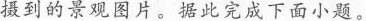
摄到的景观图片。据此完成下面小题。